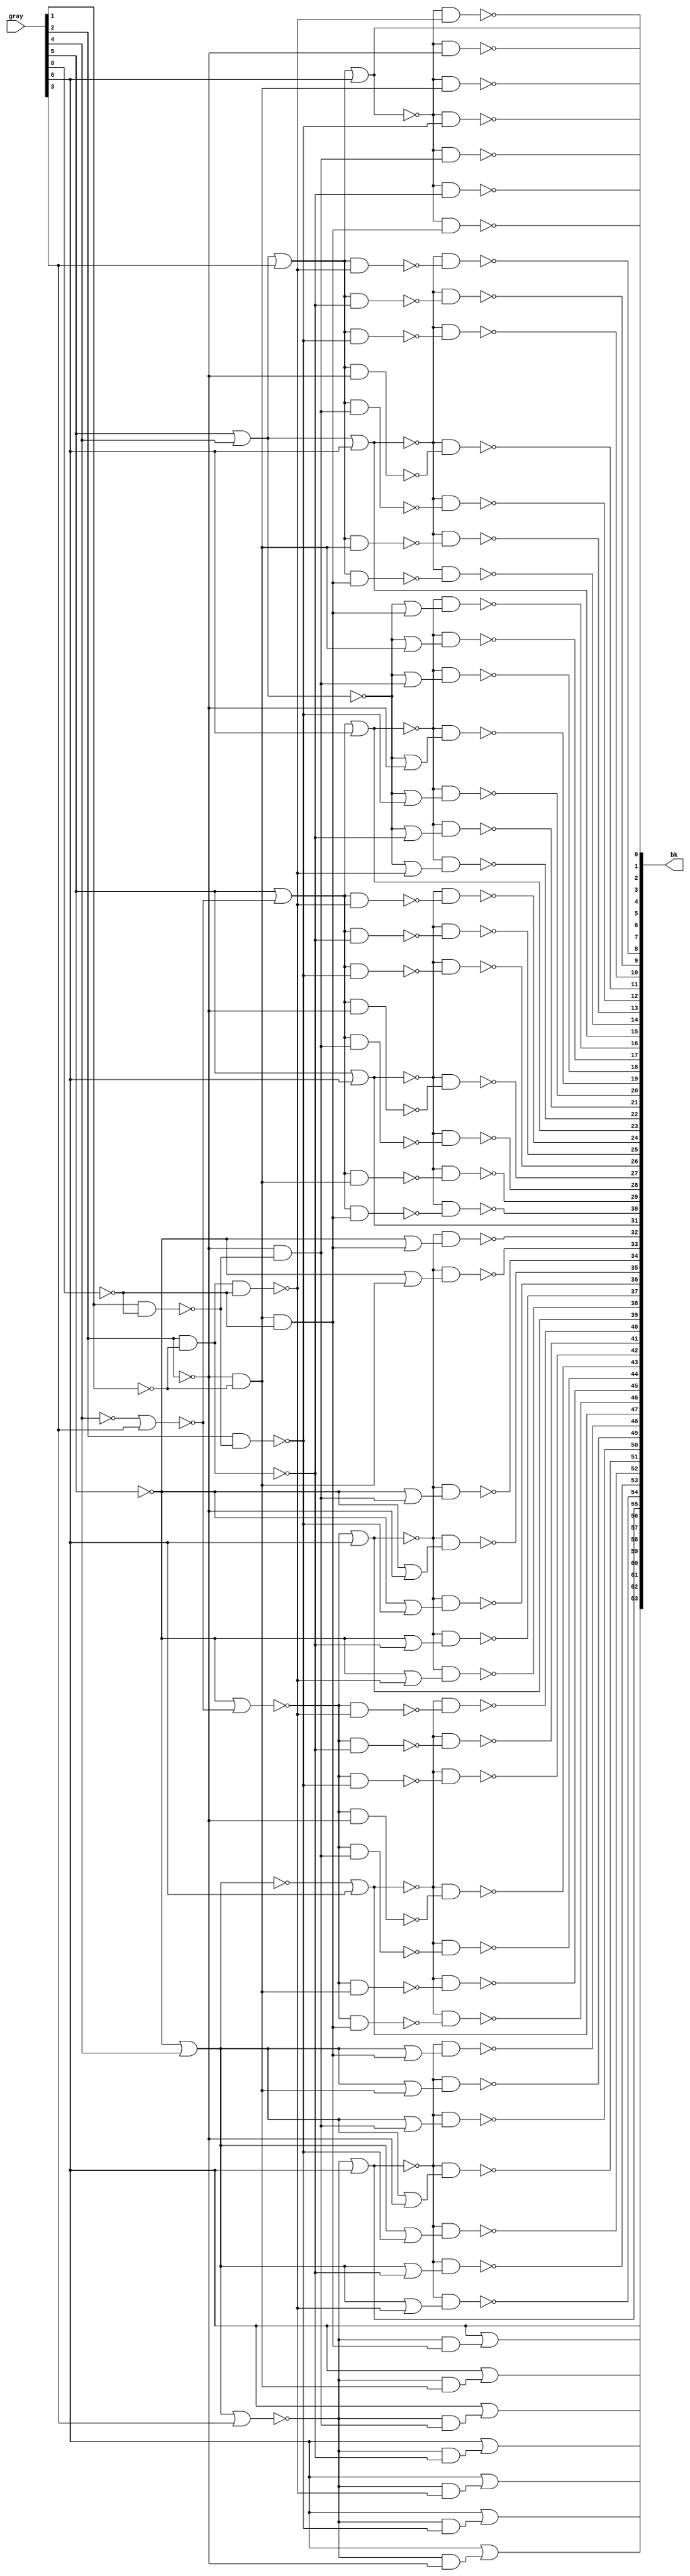
// This program was cloned from: https://github.com/intel/aib-phy-hardware
// License: Apache License 2.0

// SPDX-License-Identifier: Apache-2.0
// Copyright (C) 2019 Intel Corporation. All rights reserved

//---------------------------------------------------------------------------------------------------------------------------------------------
//  io_cmos_nand_x64_decode
//---------------------------------------------------------------------------------------------------------------------------------------------

module io_cmos_nand_x64_decode (
input   [6:0]   gray,
output  [63:0]  bk
);

`ifdef TIMESCALE_EN
                timeunit 1ps;
                timeprecision 1ps;
`endif

parameter   NAND_DELAY = 20;

wire  [6:0]  col;
wire  [6:0]  row;
wire  [6:0]  newcol;

assign col[0] =  gray[5] | gray[4] | gray[3];
assign col[1] =  gray[5] | gray[4];
assign col[2] =  gray[5] | ~(~gray[4] | gray[3]);
assign col[3] =  gray[5];
assign col[4] = ~gray[5] | ~(~gray[4] | gray[3]);
assign col[5] = ~gray[5] | gray[4];
assign col[6] = ~gray[5] | gray[4] | gray[3];

assign row[0] = ~gray[2] & ~gray[1] & ~gray[0];
assign row[1] = ~gray[2] & ~gray[1];
assign row[2] = ~gray[2] & ~(gray[1] & ~gray[0]);
assign row[3] = ~gray[2];
assign row[4] = ~(gray[2] & ~(gray[1] & ~gray[0]));
assign row[5] = ~(gray[2] & ~gray[1]);
assign row[6] = ~(gray[2] & ~gray[1] & ~gray[0]);

assign newcol[0] =  ~(col[0] | gray[6]);
assign newcol[1] =  ~(col[1] | gray[6]);
assign newcol[2] =  ~(col[2] | gray[6]);
assign newcol[3] =  ~(col[3] | gray[6]);
assign newcol[4] =  ~(~col[4] | gray[6]);
assign newcol[5] =  ~(~col[5] | gray[6]);
assign newcol[6] =  ~(~col[6] | gray[6]);

assign  bk[0] = ~(newcol[0] & row[0]);
assign  bk[1] = ~(newcol[0] & row[1]);
assign  bk[2] = ~(newcol[0] & row[2]);
assign  bk[3] = ~(newcol[0] & row[3]);
assign  bk[4] = ~(newcol[0] & row[4]);
assign  bk[5] = ~(newcol[0] & row[5]);
assign  bk[6] = ~(newcol[0] & row[6]);
assign  bk[7] =  ~newcol[0];
assign  bk[8] = ~(newcol[1] & ~(col[0] & row[6]));
assign  bk[9] = ~(newcol[1] & ~(col[0] & row[5]));
assign bk[10] = ~(newcol[1] & ~(col[0] & row[4]));
assign bk[11] = ~(newcol[1] & ~(col[0] & row[3]));
assign bk[12] = ~(newcol[1] & ~(col[0] & row[2]));
assign bk[13] = ~(newcol[1] & ~(col[0] & row[1]));
assign bk[14] = ~(newcol[1] & ~(col[0] & row[0]));
assign bk[15] =  ~newcol[1];
assign bk[16] = ~(newcol[2] & (~col[1] | row[0]));
assign bk[17] = ~(newcol[2] & (~col[1] | row[1]));
assign bk[18] = ~(newcol[2] & (~col[1] | row[2]));
assign bk[19] = ~(newcol[2] & (~col[1] | row[3]));
assign bk[20] = ~(newcol[2] & (~col[1] | row[4]));
assign bk[21] = ~(newcol[2] & (~col[1] | row[5]));
assign bk[22] = ~(newcol[2] & (~col[1] | row[6]));
assign bk[23] =  ~newcol[2];
assign bk[24] = ~(newcol[3] & ~(col[2] & row[6]));
assign bk[25] = ~(newcol[3] & ~(col[2] & row[5]));
assign bk[26] = ~(newcol[3] & ~(col[2] & row[4]));
assign bk[27] = ~(newcol[3] & ~(col[2] & row[3]));
assign bk[28] = ~(newcol[3] & ~(col[2] & row[2]));
assign bk[29] = ~(newcol[3] & ~(col[2] & row[1]));
assign bk[30] = ~(newcol[3] & ~(col[2] & row[0]));
assign bk[31] =  ~newcol[3];
assign bk[32] = ~(newcol[4] & (~col[3] | row[0]));
assign bk[33] = ~(newcol[4] & (~col[3] | row[1]));
assign bk[34] = ~(newcol[4] & (~col[3] | row[2]));
assign bk[35] = ~(newcol[4] & (~col[3] | row[3]));
assign bk[36] = ~(newcol[4] & (~col[3] | row[4]));
assign bk[37] = ~(newcol[4] & (~col[3] | row[5]));
assign bk[38] = ~(newcol[4] & (~col[3] | row[6]));
assign bk[39] =  ~newcol[4];
assign bk[40] = ~(newcol[5] & ~(~col[4] & row[6]));
assign bk[41] = ~(newcol[5] & ~(~col[4] & row[5]));
assign bk[42] = ~(newcol[5] & ~(~col[4] & row[4]));
assign bk[43] = ~(newcol[5] & ~(~col[4] & row[3]));
assign bk[44] = ~(newcol[5] & ~(~col[4] & row[2]));
assign bk[45] = ~(newcol[5] & ~(~col[4] & row[1]));
assign bk[46] = ~(newcol[5] & ~(~col[4] & row[0]));
assign bk[47] =  ~newcol[5];
assign bk[48] = ~(newcol[6] & ( col[5] | row[0]));
assign bk[49] = ~(newcol[6] & ( col[5] | row[1]));
assign bk[50] = ~(newcol[6] & ( col[5] | row[2]));
assign bk[51] = ~(newcol[6] & ( col[5] | row[3]));
assign bk[52] = ~(newcol[6] & ( col[5] | row[4]));
assign bk[53] = ~(newcol[6] & ( col[5] | row[5]));
assign bk[54] = ~(newcol[6] & ( col[5] | row[6]));
assign bk[55] =  ~newcol[6];
assign bk[56] =  gray[6] | (~col[6] & row[6]);
assign bk[57] =  gray[6] | (~col[6] & row[5]);
assign bk[58] =  gray[6] | (~col[6] & row[4]);
assign bk[59] =  gray[6] | (~col[6] & row[3]);
assign bk[60] =  gray[6] | (~col[6] & row[2]);
assign bk[61] =  gray[6] | (~col[6] & row[1]);
assign bk[62] =  gray[6] | (~col[6] & row[0]);
assign bk[63] =  gray[6];

endmodule